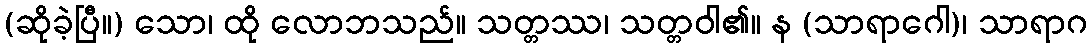
(ဆိုခဲ့ပြီ။) သော၊ ထို လောဘသည်။ သတ္တဿ၊ သတ္တဝါ၏။ န (သာရာဂေါ)၊ သာရာဂ